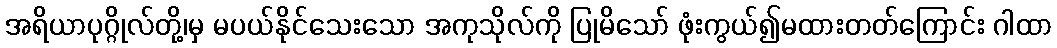
အရိယာပုဂ္ဂိုလ်တို့၊မှ မပယ်နိုင်သေးသော အကုသိုလ်ကို ပြုမိသော် ဖုံးကွယ်၍မထားတတ်ကြောင်း ဂါထာ